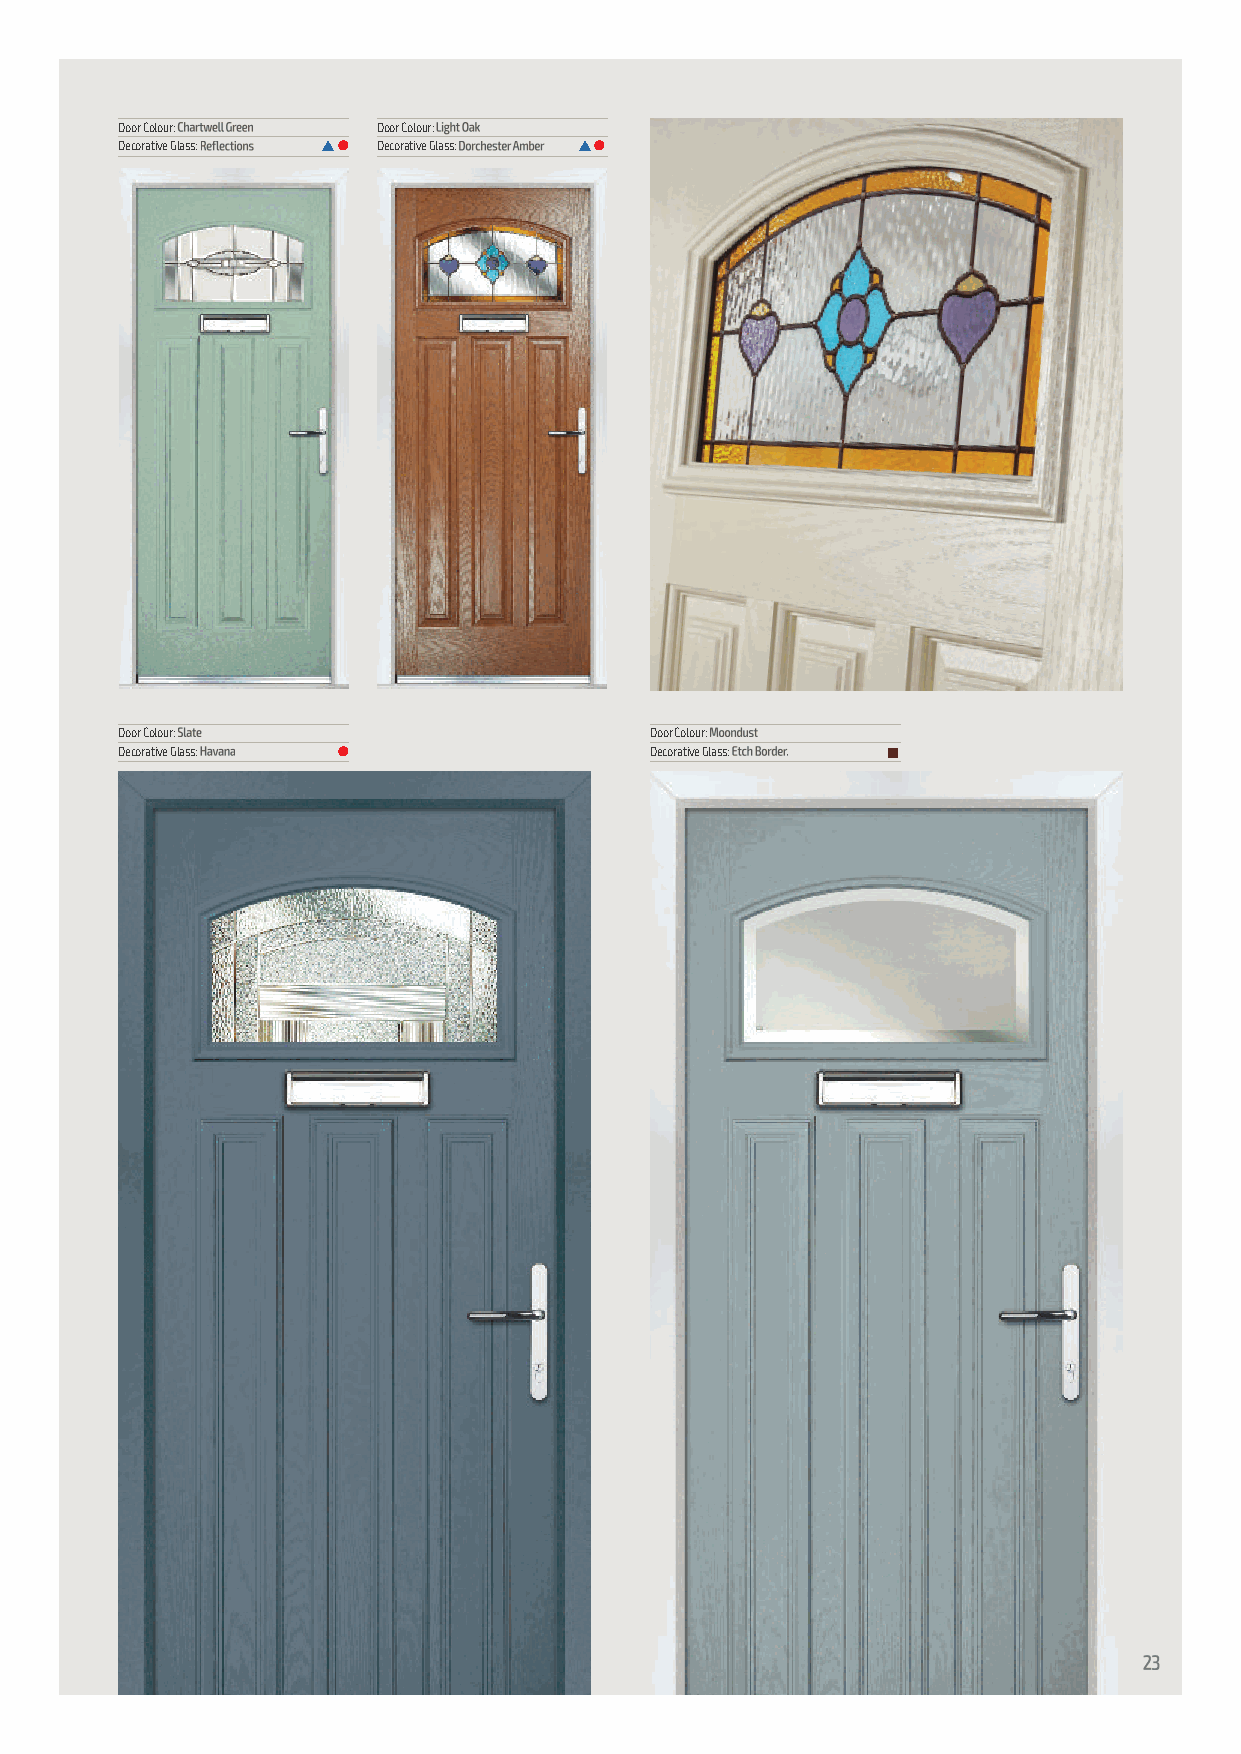
Door Colour:     Door Colour:
 Decorative Glass: s l Decorative Glass: s l
 Door Colour:                       Door Colour:
 Decorative Glass: l                Decorative Glass: n